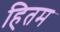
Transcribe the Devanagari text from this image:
हितम